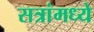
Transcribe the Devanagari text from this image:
सत्रांमध्ये